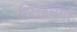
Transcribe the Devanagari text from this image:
भिखमंगा